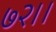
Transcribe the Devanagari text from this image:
७२।।